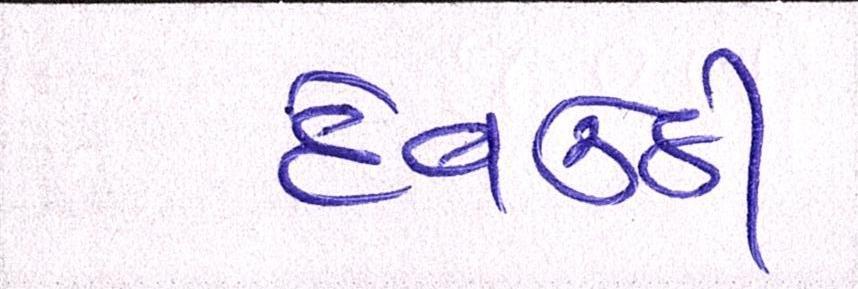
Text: દેવઉઠી